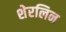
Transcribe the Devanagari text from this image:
शेरलिन